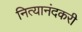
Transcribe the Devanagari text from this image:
नित्यानंदकरी